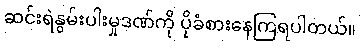
ဆင်းရဲနွမ်းပါးမှုဒဏ်ကို ပိုခံစားနေကြရပါတယ်။